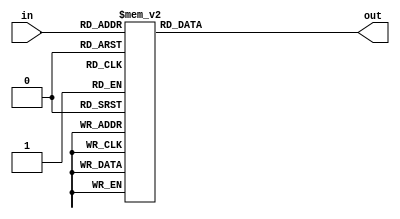
/*
 * coder.v
 * Data decoder for display.
 *
 * @version: 1.0
 *
 */
module coder (
    in,
    out
);

    // inputs
    input [3:0] in;
    
    // outputs
    output [6:0] out;
    
    // regs
    reg [6:0] code;
    
    // assigns
    assign out = code;

    // alphabet
    always@* begin
        case (in)
            4'b0000: code = 7'b1000000;
            4'b0001: code = 7'b1111001;
            4'b0010: code = 7'b0100100;
            4'b0011: code = 7'b0110000;
            4'b0100: code = 7'b0011001;
            4'b0101: code = 7'b0010010;
            4'b0110: code = 7'b0000010;
            4'b0111: code = 7'b1111000;
            4'b1000: code = 7'b0000000;
            4'b1001: code = 7'b0010000;
            4'b1010: code = 7'b0001000;
            4'b1011: code = 7'b0000011;
            4'b1100: code = 7'b1000110;
            4'b1101: code = 7'b0100001;
            4'b1110: code = 7'b0000110;
            4'b1111: code = 7'b0001110;
        endcase
    end
endmodule